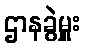
ဌာနခွဲမှူး